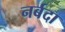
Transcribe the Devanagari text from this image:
नर्बदा